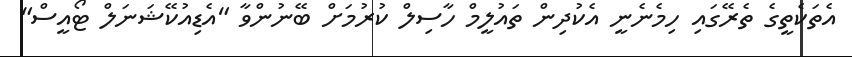
އެތަކެތީގެ ތެރޭގައި ހިމެނެނީ އެކުދިން ތައުލީމް ހާސިލް ކުރުމަށް ބޭނުންވާ "އެޑިއުކޭޝަނަލް ޓޯއީސް"